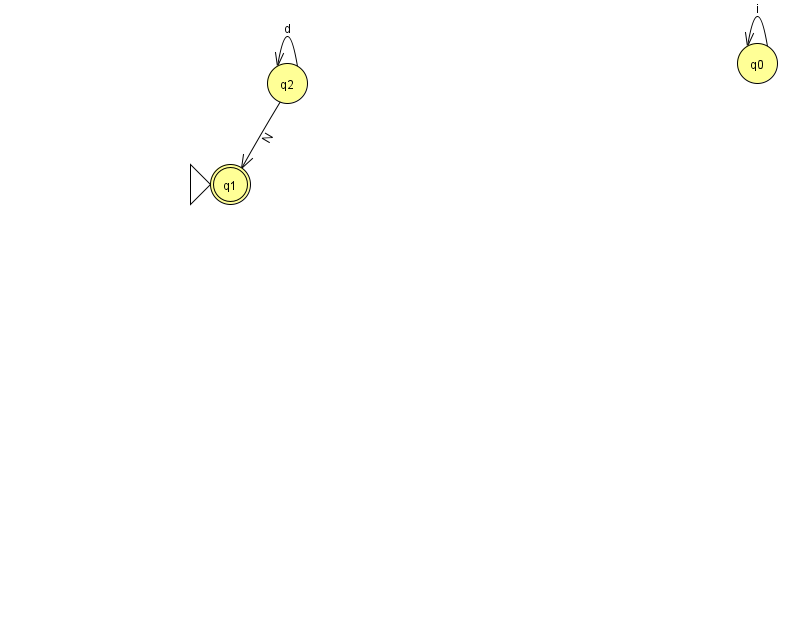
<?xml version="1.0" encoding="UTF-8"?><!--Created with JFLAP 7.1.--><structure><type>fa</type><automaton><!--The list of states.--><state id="0" name="q0"><x>757.0</x><y>50.0</y></state><state id="1" name="q1"><x>230.0</x><y>171.0</y><initial/><final/></state><state id="2" name="q2"><x>287.0</x><y>70.0</y></state><!--The list of transitions.--><transition><from>2</from><to>2</to><read>d</read></transition><transition><from>0</from><to>0</to><read>i</read></transition><transition><from>2</from><to>1</to><read>N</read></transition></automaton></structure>